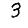
Digit: 3